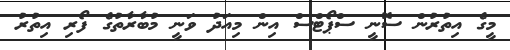
މީގެ އިތުރުން ސޮނީ ސްޕޯޓްސް އިން މިއަދު ވަނީ މުބާރާތުގެ ފޯރި އިތުރު